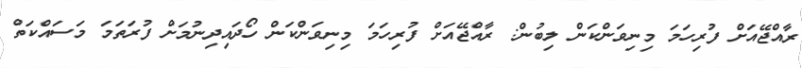
ރާއްޖޭއަށް ފުރިހަމަ މިނިވަންކަން ލިބުން: ރާއްޖޭއަށް ފުރިހަމަ މިނިވަންކަން ހޯދައިދިނުމަށް ފުރަތަމަ މަސައްކަތް